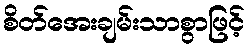
စိတ်အေးချမ်းသာစွာဖြင့်